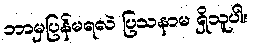
ဘာမှပြန်မရလဲ ပြသနာမ ရှိသူပါ။